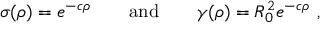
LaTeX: \sigma ( \rho ) = e ^ { - c \rho } \quad \quad \mathrm { a n d } \quad \quad \gamma ( \rho ) = R _ { 0 } ^ { 2 } e ^ { - c \rho } ~ ,